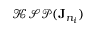
\mathcal { K S P } ( \mathbf { J } _ { n _ { i } } )